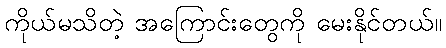
ကိုယ်မသိတဲ့ အကြောင်းတွေကို မေးနိုင်တယ်။